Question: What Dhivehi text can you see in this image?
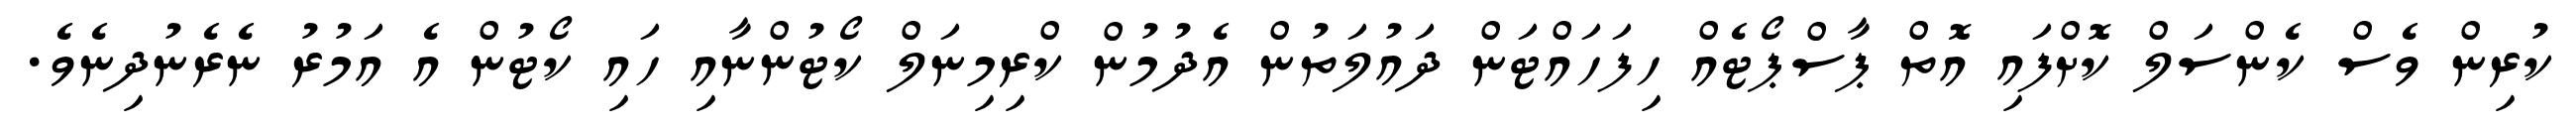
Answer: ކުރިން ވެސް ކެންސަލް ކޮށްފައި އޮތް ޕާސްޕޯޓެއް ހިފަހައްޓަން ދައުލަތުން އެދުމުން ކްރިމިނަލް ކޯޓުންނާއި ހައި ކޯޓުން އެ އަމުރު ނެރެނުދިނެވެ.